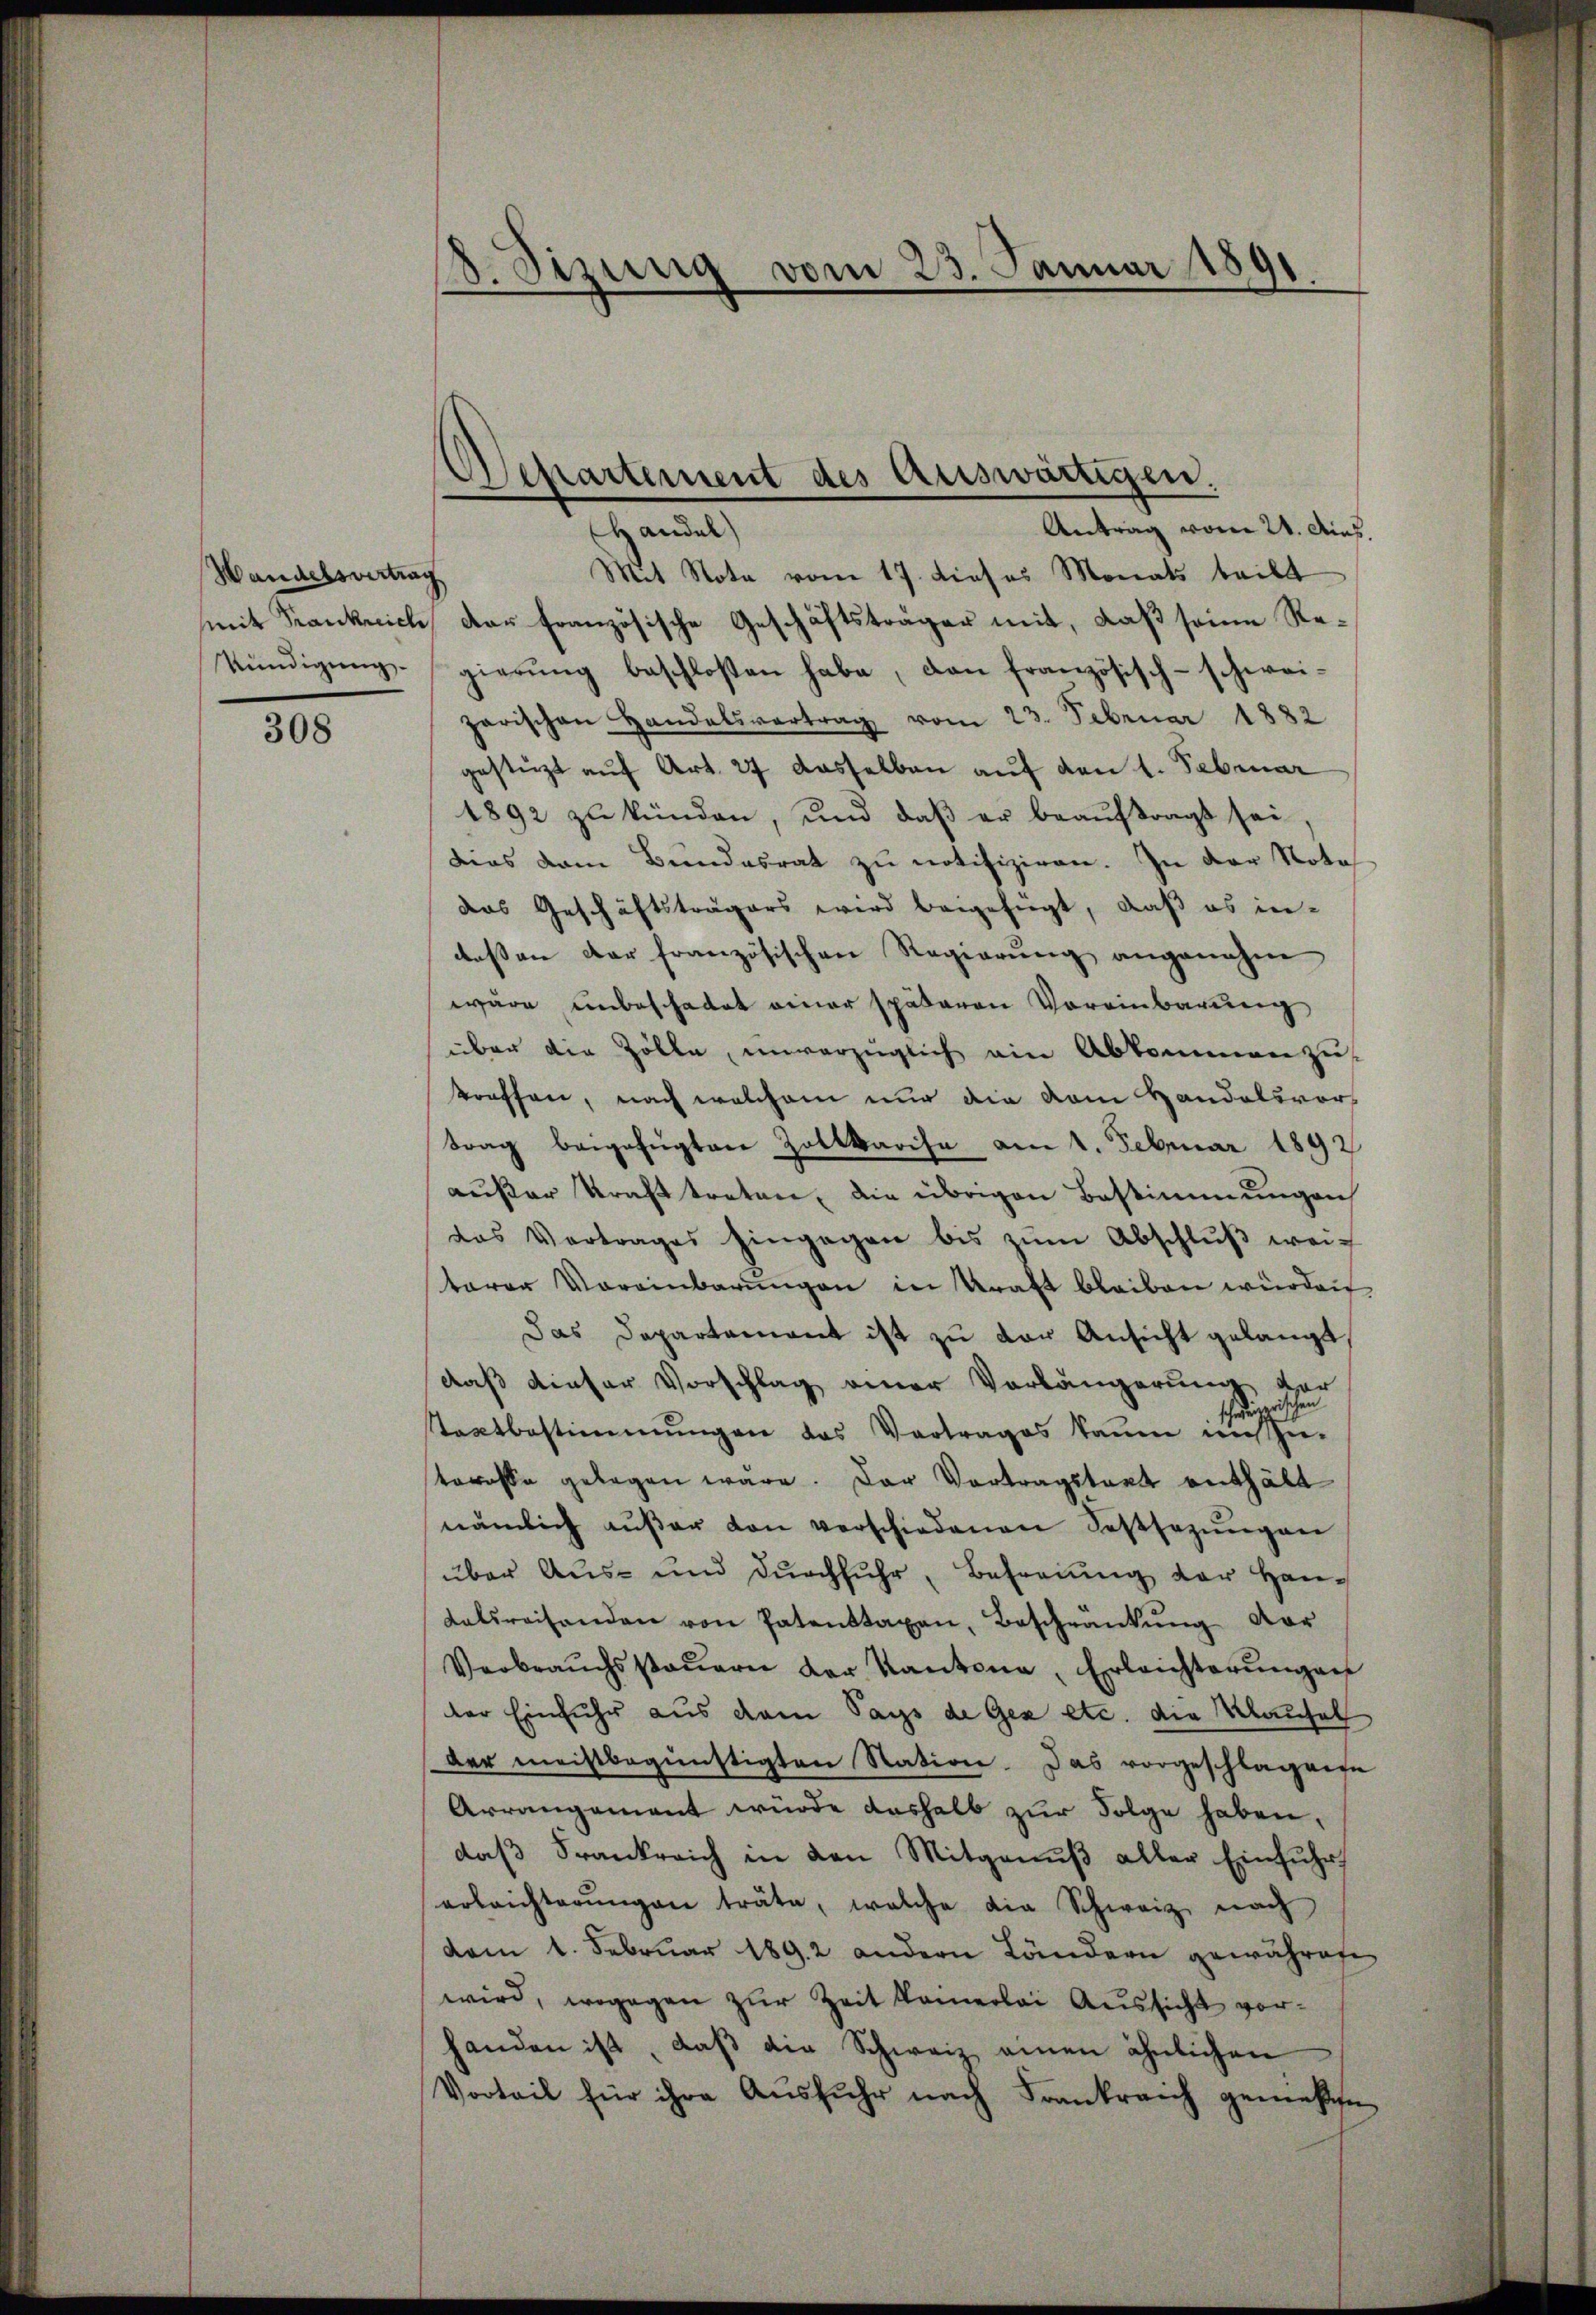
Wandelsvertrag
Kündigung.

308

18. Sizung vom 23. Januar 1891

Antrag vom 21. Aug.
Handel
Mit Nota vom 17. dieses Monats leibt
mit Frankreich der französische Geschäftsträger mit, daß seine Regierŭng beschloßen habe, dan französisch-schwei-
zarischen Handelsvertrag vom 23. Februar 1882
gestüzt auf Art. 27 dasselben auf den 1. Februar
1892 zŭ künden, und daβ er beaŭftragt sei.
dies vom Bundesrat zu notifiziren. In der Nota
das Geschäftsträgers wird beigefügt, daß es in-
dessen der französischen Regierung angenehm
wäre unbeschadet einer späteren Voreinbarung
über die Zölle, unverzüglich ein Abkommenzu-
troffen, nach welchem nur die vom Handelsvortrag beigefügten Zollbarche am 1. Februar 1892
außer Krafttreten, die übrigen Bestimmungen
das Vertrages hingegen bis zŭm Abschlŭβ weitarer Voreinbarŭngen in Kraft bleiben würden
Das Departement ist zu der Ansicht gelangt
daß dieser Vorschlag einer Vorlängerung vor
schweizerischen
Staatbestimmungen das Vertrages kaum inn-
torosse gelegen wäre. Der Vortragstaet enthält
nämlich aŭβer von verschiedenen Festsezŭngen
über Aus- und durchfuhr, Betreuung der Han¬
Lalsreisenden von Patenttaxen, Beschränkŭng dar
Verbraŭchssteŭern der Kantona, Erleichterŭngen
ter Einfuhr aus dem Tags de Gez etc. die Klausel
der meistbegünstigten Station. Das vorgeschlagene
Arrangement würde deshalb zur Folge haben,
daβ Frankreich in den Mitganŭβ aller Einfŭhr
erleichterŭngen träte, welche die Schweiz nach
dem 1. Februar 1892 andern Ländern gewährene
wird, wogegen zur Zeit keinerlei Aussicht vorhanden ist, daß die Schweiz einen ähnlichen
Vorteil für ihre Aŭsfŭhr nach Frankreich gemeße

Separtement des Auswärtigen.